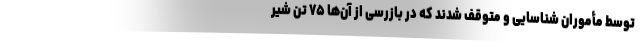
توسط مأموران شناسایی و متوقف شدند که در بازرسی از آن‌ها ۷۵ تن شیر